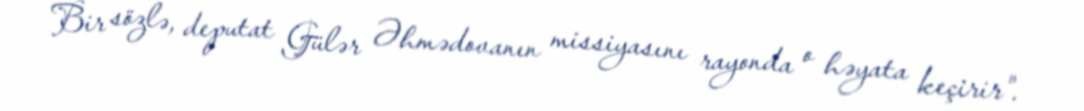
Bir sözlə, deputat Gülər Əhmədovanın missiyasını rayonda o həyata keçirir".